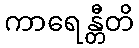
ကာရေန္တီတိ